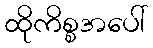
ထိုကိစ္စအပေါ်